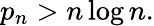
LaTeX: p_{n}>n\log n.